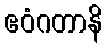
ဧဝံဂတာနိ